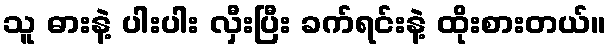
သူ ဓားနဲ့ ပါးပါး လှီးပြီး ခက်ရင်းနဲ့ ထိုးစားတယ်။